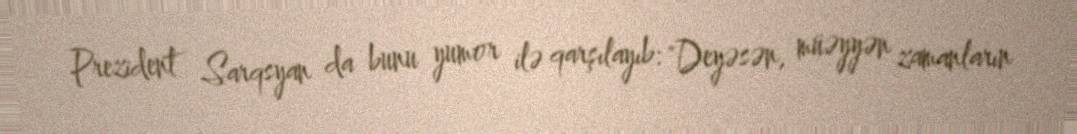
Prezident Sarqsyan da bunu yumor ilə qarşılayıb: "Deyəsən, müəyyən zamanların